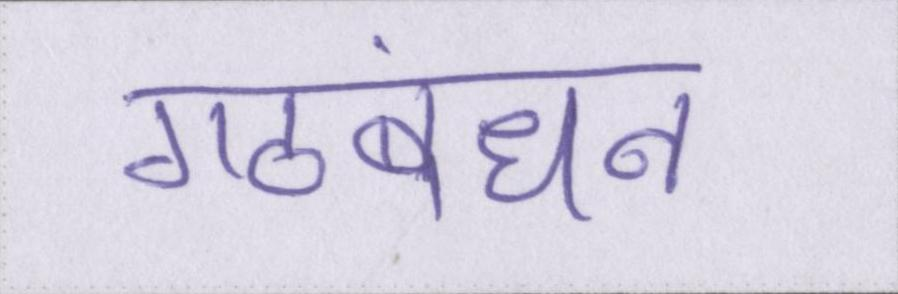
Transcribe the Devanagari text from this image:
गठबंधन